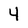
Character: 4